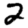
Digit: 2